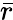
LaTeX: \bar{r}